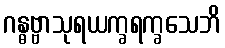
ဂန္ဓဗ္ဗာသုရယက္ခရက္ခသေဘိ